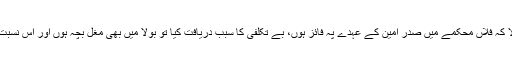
نام و نسب پوچھا تو بولا کہ فلاں محکمے میں صدر امین کے عہدے پہ فائز ہوں، بے تکلفی کا سبب دریافت کیا تو بولا میں بھی مُغل بچہ ہوں اور اس نسبت سے آپ کا بھائی ہوں۔